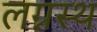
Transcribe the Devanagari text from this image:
लग्नस्थ